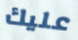
عليك